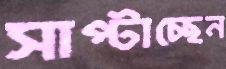
সাপ্‌টাচ্ছেন